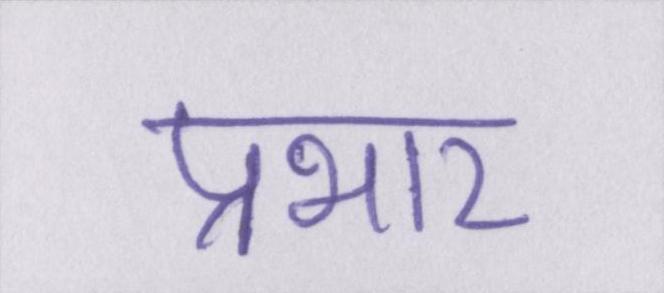
प्रभार